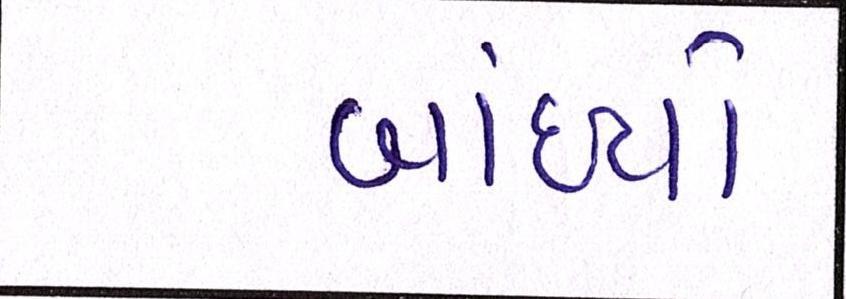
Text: બાંધ્યો